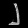
Digit: ၂